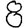
Digit: 8